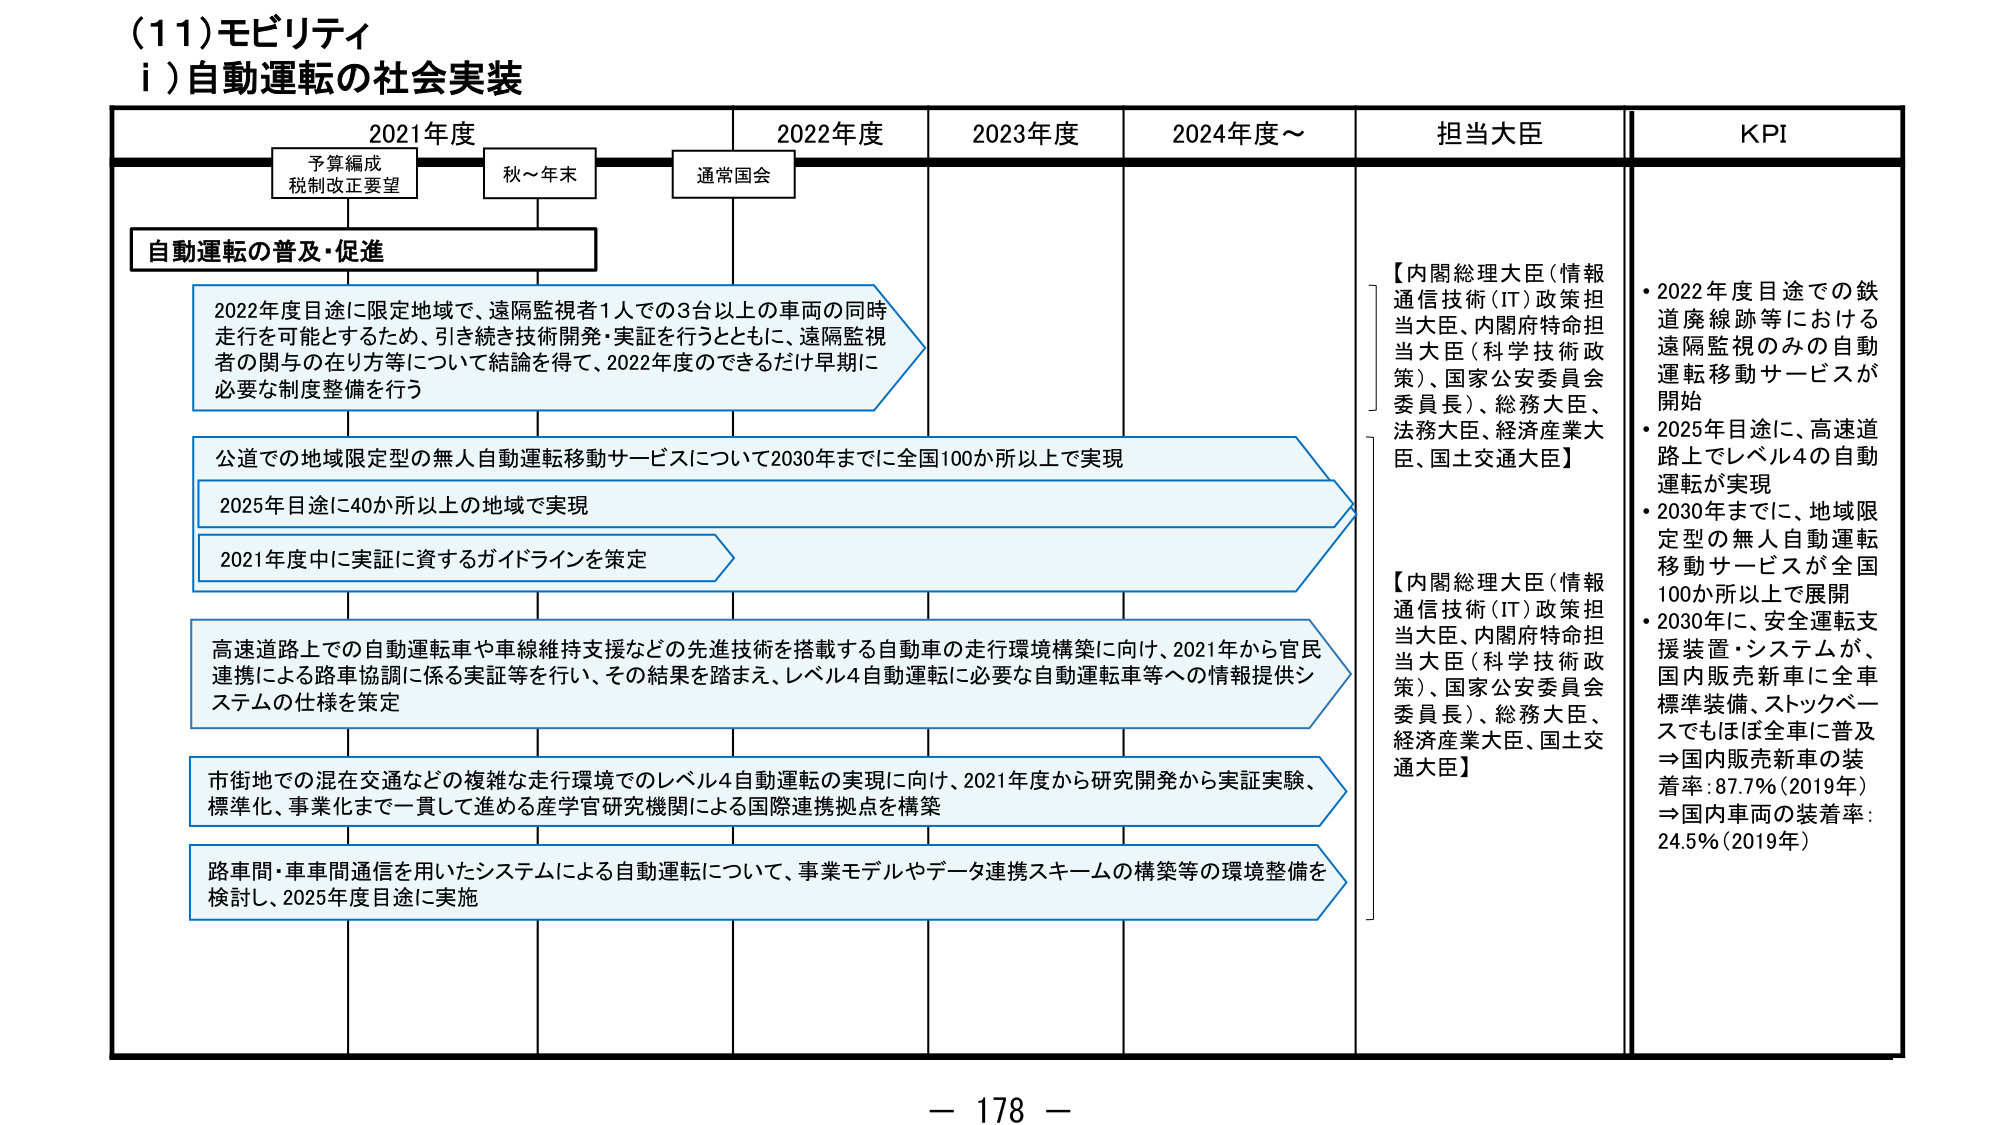
(11) モビリティ
i) 自動運転の社会実装

2021年度　　　　　2022年度　　　　　2023年度　　　　　2024年度～　　　　担当大臣　　　　　KPI

予算編成
税制改正要望　　　秋～年末　　　　　通常国会

自動運転の普及・促進

2022年度目途に限定地域で、遠隔監視者1人での3台以上の車両の同時走行を可能とするため、引き続き技術開発・実証を行うとともに、遠隔監視者の関与の在り方等について結論を得て、2022年度のできるだけ早期に必要な制度整備を行う

公道での地域限定型の無人自動運転移動サービスについて2030年までに全国100か所以上で実現
2025年目途に40か所以上の地域で実現
2021年度中に実証に資するガイドラインを策定

高速道路上での自動運転車や車線維持支援などの先進技術を搭載する自動車の走行環境構築に向け、2021年から官民連携による路車協調に係る実証等を行い、その結果を踏まえ、レベル4自動運転に必要な自動運転車等への情報提供システムの仕様を策定

市街地での混在交通などの複雑な走行環境でのレベル4自動運転の実現に向け、2021年度から研究開発から実証実験、標準化、事業化まで一貫して進める産学官研究機関による国際連携拠点を構築

路車間・車車間通信を用いたシステムによる自動運転について、事業モデルやデータ連携スキームの構築等の環境整備を検討し、2025年度目途に実施

【内閣総理大臣（情報通信技術（IT）政策担当大臣、内閣府特命担当大臣（科学技術政策）、国家公安委員会委員長）、総務大臣、法務大臣、経済産業大臣、国土交通大臣】

【内閣総理大臣（情報通信技術（IT）政策担当大臣、内閣府特命担当大臣（科学技術政策）、国家公安委員会委員長）、総務大臣、経済産業大臣、国土交通大臣】

・2022年度目途での鉄道廃線跡等における遠隔監視のみの自動運転移動サービスが開始
・2025年目途に、高速道路上でレベル4の自動運転が実現
・2030年までに、地域限定型の無人自動運転移動サービスが全国100か所以上で展開
・2030年に、安全運転支援装置・システムが、国内販売新車に全車標準装備、ストックベースでもほぼ全車に普及
⇒国内販売新車の装着率：87.7%（2019年）
⇒国内車両の装着率：24.5%（2019年）

－ 178 －